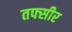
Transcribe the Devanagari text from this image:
तफ्सीर